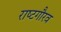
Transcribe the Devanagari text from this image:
राष्‍टगौरव